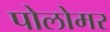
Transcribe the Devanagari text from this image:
पोलोमर